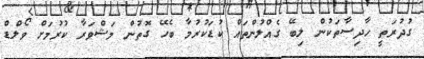
ގުދުރަތީ ހާދިސާތަކުން ލިބޭ ގެއްލުންތައް ކުޑަކުރުމާ ބެހޭ ގޮތުން މަޝްވަރާ ކުރުމަށް ވޯލްޑް